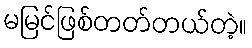
မမြင်ဖြစ်တတ်တယ်တဲ့။